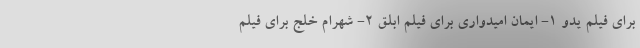
برای فیلم یدو 1- ایمان امیدواری برای فیلم ابلق 2- شهرام خلج برای فیلم